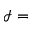
\mathcal { I } =